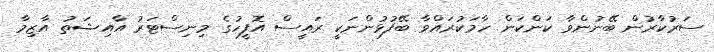
ސަރުކާރުން ބޭނުންވާ ކަންކަން ހާމަކުރައްވާ ބޭފުޅުންނަކީ ރައީސް އޮފީހުގެ މިނިސްޓަރު އާއިޝަތު އާޒިމާ